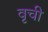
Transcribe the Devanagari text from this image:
वृची